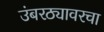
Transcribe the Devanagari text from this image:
उंबरठ्यावरचा